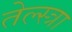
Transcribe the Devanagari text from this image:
तेल्स्त्रा